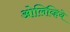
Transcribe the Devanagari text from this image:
ओलिव्हिये